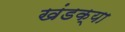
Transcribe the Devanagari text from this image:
खंडक्या